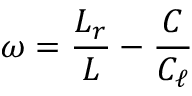
\omega = { \frac { L _ { r } } { L } } - { \frac { C } { C _ { \ell } } }